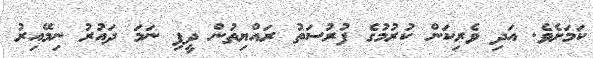
ކަމަށެވެ. އަދި ވެރިކަން ކުރުމުގެ ފުރުސަތު ރައްޔިތުން ދީފި ނަމަ ދައުރު ނިމޭއިރު